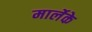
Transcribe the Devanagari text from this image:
मार्लेके